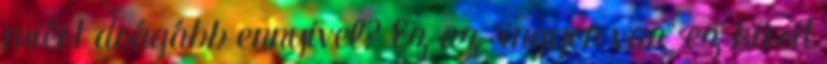
miért drágább ennyivel? Ez az "ingyen van" ez kicsit